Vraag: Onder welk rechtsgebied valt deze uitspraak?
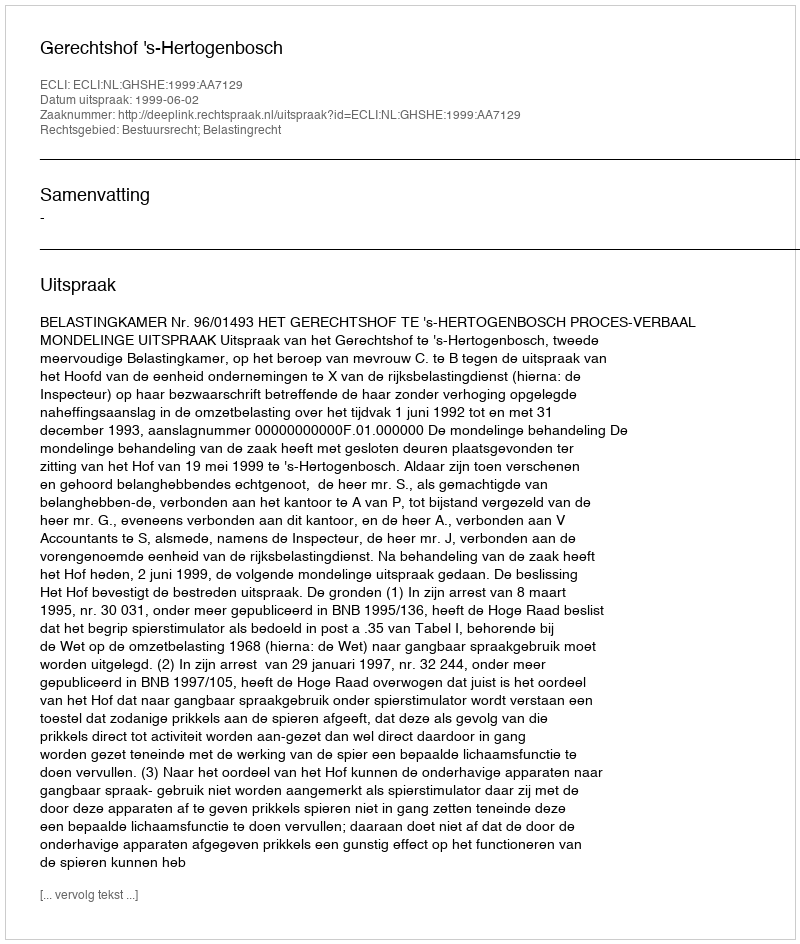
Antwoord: Bestuursrecht; Belastingrecht